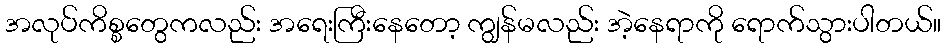
အလုပ်ကိစ္စတွေကလည်း အရေးကြီးနေတော့ ကျွန်မလည်း အဲ့နေရာကို ရောက်သွားပါတယ်။